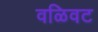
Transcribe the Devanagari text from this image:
वळिवट